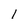
Character: 1